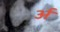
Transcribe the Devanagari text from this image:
र्अ